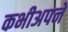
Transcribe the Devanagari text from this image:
कभीअपने